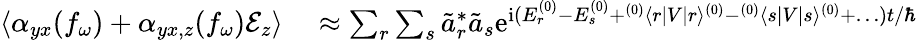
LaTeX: \begin{array}{rl}{\langle\alpha_{yx}(f_{\omega})+\alpha_{yx,z}(f_{\omega})\mathcal{E}_{z}\rangle}&{{}\approx\sum_{r}\sum_{s}\tilde{a}_{r}^{\ast}\tilde{a}_{s}\mathrm{e}^{\mathrm{i}(E_{r}^{(0)}-E_{s}^{(0)}+{}^{(0)}\langle r|V|r\rangle^{(0)}-{}^{(0)}\langle s|V|s\rangle^{(0)}+\dots)t/\hbar}}\end{array}